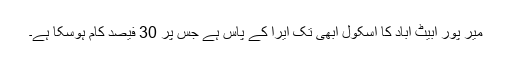
میر پور ابیٹ آباد کا اسکول ابھی تک ایرا کے پاس ہے جس پر 30 فیصد کام ہوسکا ہے۔